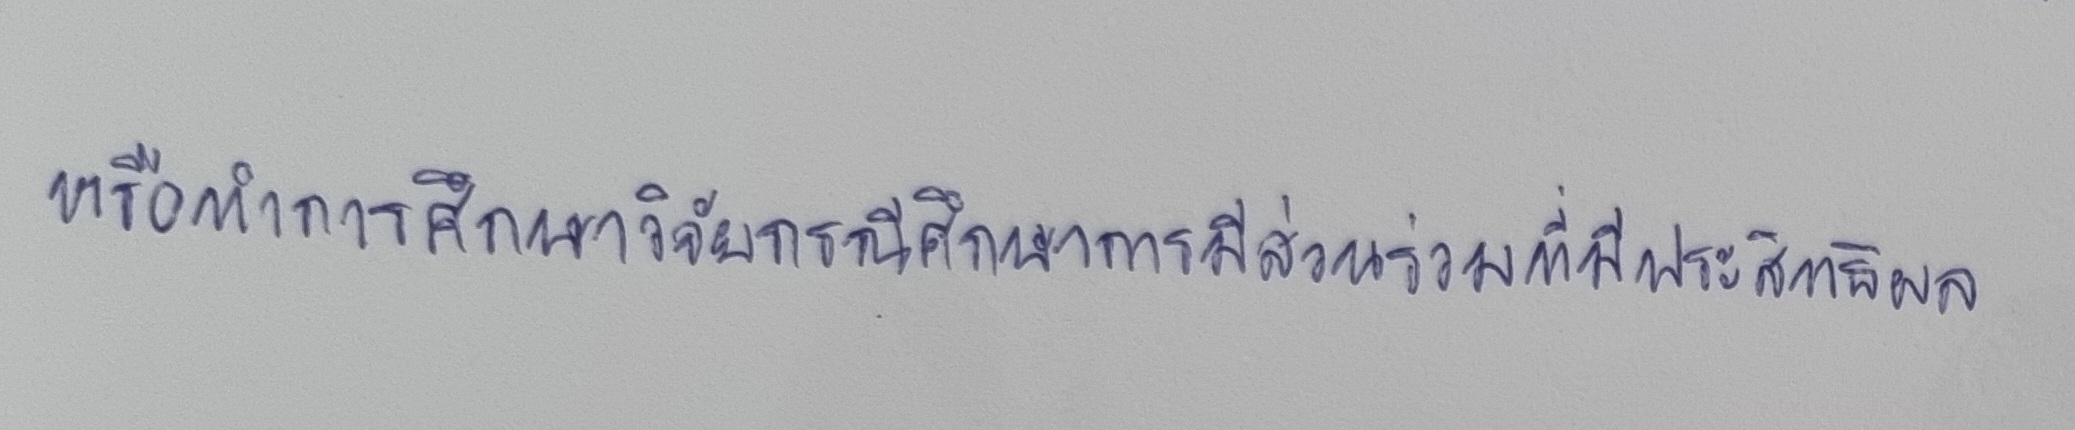
หรือทำการศึกษาวิจัยกรณีศึกษาการมีส่วนร่วมที่มีประสิทธิผล